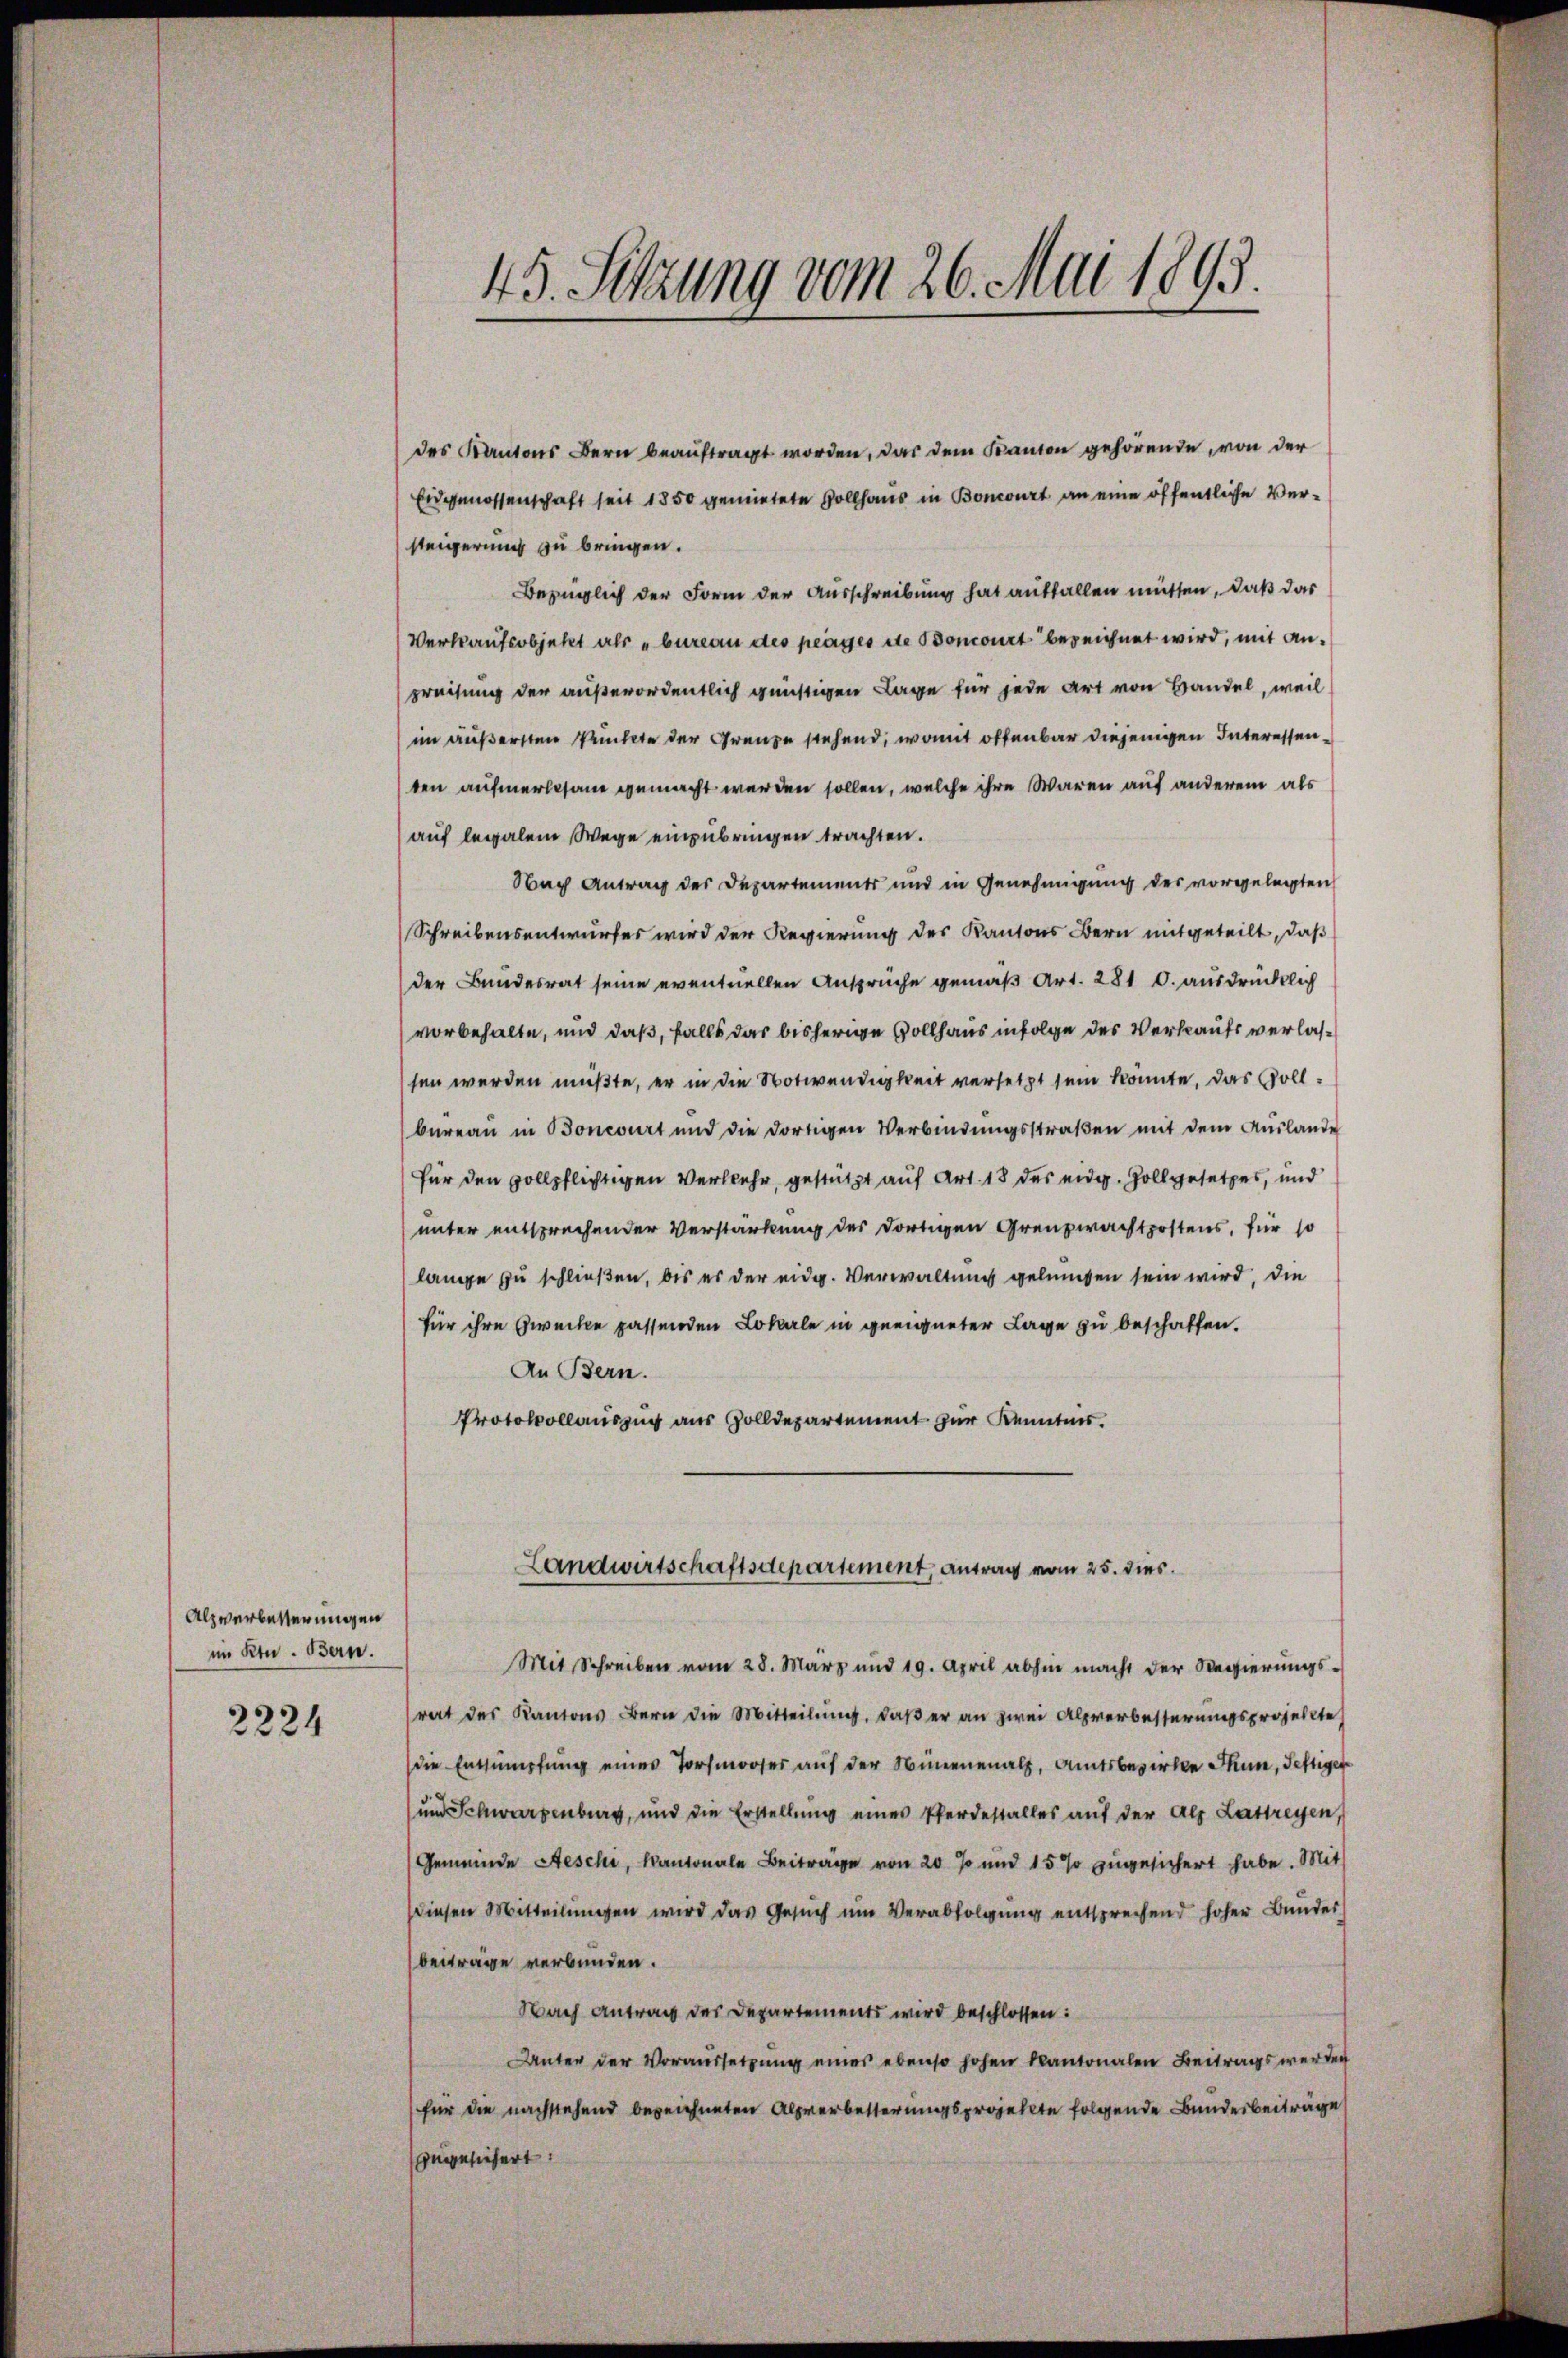
Alzverbesserungen
im Ktn. Bern.

2224

des Kantons Bern beauftragt worden, das dem Kanton gehörende, von der
Eidgenossenschaft seit 1850 gemietete Vollhaus in Boncourt an eine öffentliche Versteigerung zu bringen.
Bezüglich der Form der Ausschreibung hat auffallen müssen, daß das
Verkaufsobjekt als „bureau des periges die Soncourt bezeichnet wird, mit Anpreisung der außerordentlich günstigen Lage für jede Art von Handel, weil
im äußersten Punkte der Grenze stehend, womit offenbar diejenigen Interessenten aufmerksam gemacht werden sollen, welche ihre Waren auf anderem als
auf legalem Wege einzubringen trachten.
Nach Antrag des Departements und in Genehmigung des vorgelegten
Schreibensentwurfes wird der Regierung des Kantons Bern mitgeteilt, daß
der Bundesrat seine eventuellen Ansprüche gemäß Art. 281 O. ausdrücklich
vorbehalte, und daß, falls das bisherige Vollhaus infolge des Verkaufs verlassen werden müßte, er in die Notwendigkeit versetzt sein könnte, das Vollbureau in Soneburt und die dortigen Verbindŭngsstraβen mit dem Auslande
für den vollpflichtigen Verkehr, gestützt auf Art. 18 des eidg. Goll gesetzes, und
unter entsprechender Verstärkung des dortigen Grenzwachtpostens, für so
lange zu schließen, bis es der eidg. Verwaltung gelungen sein wird, die
für ihre Zwecke passenden Lokale in geeigneter Lage zu beschaffen.
An Bern.
Protokollauszug aus Zolldepartement zur Kenntnis.

45. Setzung vom 26. Mai 1893.

Landwirtschaftsdepartement, Antrag vom 25. dies

Mit Schreiben vom 28. März und 19. April abhin macht der Regierungs-
rat des Kantons Bern die Mitteilung, daß er an zwei Alpverbesserungsprojekte
die Entsumpfung eines Torfmooses auf der Nüneenalp, Amtsbezirke Thun, Testiger
und Schwarzenburg, und die Erstellung eines Pferdestalles auf der als Lattreyen,
Gemeinde Aeschi, Kantonale Beiträge von 20 % und 15 % zugesichert habe. Mit
diesen Mitteilungen wird das Gesŭch ŭm Verabfolgŭng entsprechend hoher Bunder
beiträge verbunden.
Nach Antrag des Departements wird beschlossen:
Unter der Voraussetzung eines ebenso hohen kantonalen Beitrags werden
für die nachstehend bezeichneten Alpverbesserungsprojekte folgende Bundesbeiträge
ugesichert: